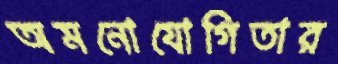
অমনোযোগিতার